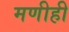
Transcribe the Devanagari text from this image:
मणीही